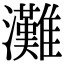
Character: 灘